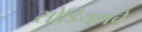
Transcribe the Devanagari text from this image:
सोडियमचे